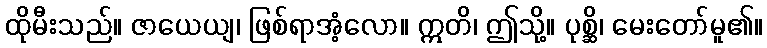
ထိုမီးသည်။ ဇာယေယျ၊ ဖြစ်ရာအံ့လော။ ဣတိ၊ ဤသို့။ ပုစ္ဆိ၊ မေးတော်မူ၏။